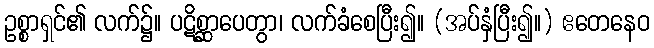
ဥစ္စာရှင်၏ လက်၌။ ပဋိစ္ဆာပေတွာ၊ လက်ခံစေပြီး၍။ (အပ်နှံပြီး၍။) ဧတေနေဝ